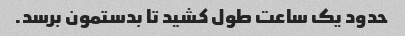
حدود یک ساعت طول کشید تا بدستمون برسد.